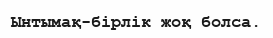
Ынтымақ-бірлік жоқ болса.